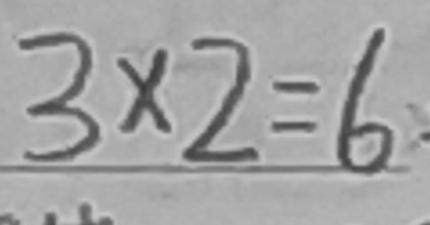
3 \times 2 = 6 .